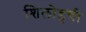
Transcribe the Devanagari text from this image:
शिलोहची